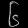
Digit: ၆